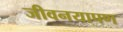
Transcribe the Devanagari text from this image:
जीवनयापण